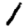
Digit: 1